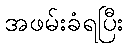
အဖမ်းခံရပြီး